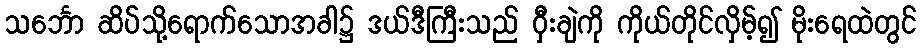
သင်္ဘော ဆိပ်သို့ရောက်သောအခါ၌ ဒယ်ဒီကြီးသည် ဝှီးချဲကို ကိုယ်တိုင်လှိမ့်၍ မိုးရေထဲတွင်